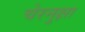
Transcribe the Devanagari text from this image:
चेरनुक्षा